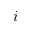
i